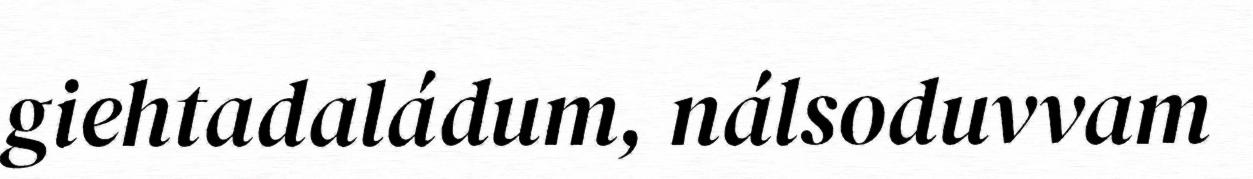
giehtadaládum, nálsoduvvam